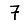
Digit: 7